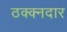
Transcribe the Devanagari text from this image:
ठक्क्नदार